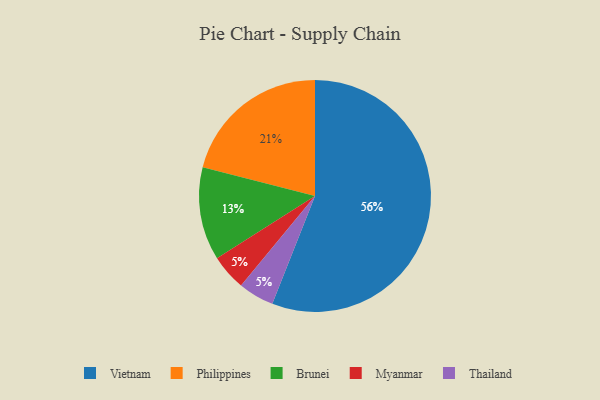
{"axis": {"x": "Category", "y": "Percentage"}, "legend": ["Brunei", "Myanmar", "Philippines", "Thailand", "Vietnam"], "data": [{"x": "Brunei", "y": 13, "type": "Brunei"}, {"x": "Myanmar", "y": 5, "type": "Myanmar"}, {"x": "Thailand", "y": 5, "type": "Thailand"}, {"x": "Philippines", "y": 21, "type": "Philippines"}, {"x": "Vietnam", "y": 56, "type": "Vietnam"}]}